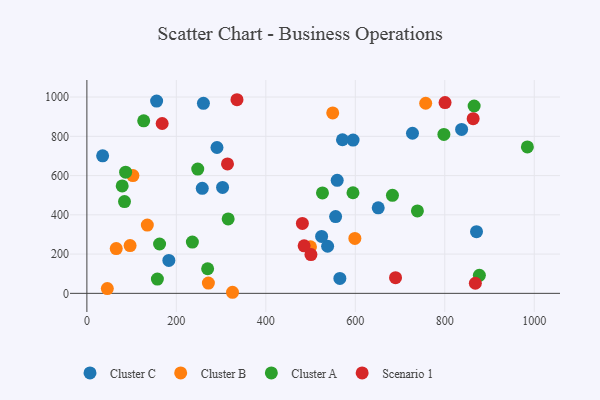
{"axis": {"x": "Study Hours", "y": "Rating"}, "legend": ["Cluster A", "Cluster B", "Cluster C", "Scenario 1"], "data": [{"x": "565.5", "y": 76.0, "type": "Cluster C"}, {"x": "727.8", "y": 815.7, "type": "Cluster C"}, {"x": "595.0", "y": 780.6, "type": "Cluster C"}, {"x": "870.9", "y": 314.2, "type": "Cluster C"}, {"x": "155.9", "y": 979.3, "type": "Cluster C"}, {"x": "260.5", "y": 968.2, "type": "Cluster C"}, {"x": "571.3", "y": 782.6, "type": "Cluster C"}, {"x": "303.3", "y": 539.6, "type": "Cluster C"}, {"x": "290.8", "y": 742.9, "type": "Cluster C"}, {"x": "651.2", "y": 435.6, "type": "Cluster C"}, {"x": "538.1", "y": 239.9, "type": "Cluster C"}, {"x": "837.6", "y": 835.1, "type": "Cluster C"}, {"x": "257.9", "y": 535.2, "type": "Cluster C"}, {"x": "556.0", "y": 391.1, "type": "Cluster C"}, {"x": "183.2", "y": 167.5, "type": "Cluster C"}, {"x": "524.7", "y": 290.1, "type": "Cluster C"}, {"x": "559.5", "y": 576.0, "type": "Cluster C"}, {"x": "35.2", "y": 700.7, "type": "Cluster C"}, {"x": "549.5", "y": 919.1, "type": "Cluster B"}, {"x": "96.6", "y": 243.4, "type": "Cluster B"}, {"x": "45.7", "y": 24.5, "type": "Cluster B"}, {"x": "102.9", "y": 599.8, "type": "Cluster B"}, {"x": "757.3", "y": 968.5, "type": "Cluster B"}, {"x": "599.0", "y": 279.7, "type": "Cluster B"}, {"x": "499.8", "y": 237.4, "type": "Cluster B"}, {"x": "271.6", "y": 52.5, "type": "Cluster B"}, {"x": "325.5", "y": 5.5, "type": "Cluster B"}, {"x": "135.1", "y": 347.6, "type": "Cluster B"}, {"x": "65.6", "y": 228.2, "type": "Cluster B"}, {"x": "683.0", "y": 499.5, "type": "Cluster A"}, {"x": "247.8", "y": 633.1, "type": "Cluster A"}, {"x": "86.6", "y": 617.4, "type": "Cluster A"}, {"x": "315.8", "y": 379.2, "type": "Cluster A"}, {"x": "798.0", "y": 809.6, "type": "Cluster A"}, {"x": "235.8", "y": 261.0, "type": "Cluster A"}, {"x": "84.1", "y": 467.4, "type": "Cluster A"}, {"x": "526.6", "y": 511.5, "type": "Cluster A"}, {"x": "162.5", "y": 251.4, "type": "Cluster A"}, {"x": "594.8", "y": 512.4, "type": "Cluster A"}, {"x": "127.0", "y": 879.1, "type": "Cluster A"}, {"x": "269.9", "y": 125.4, "type": "Cluster A"}, {"x": "738.8", "y": 420.1, "type": "Cluster A"}, {"x": "157.6", "y": 72.5, "type": "Cluster A"}, {"x": "877.3", "y": 91.8, "type": "Cluster A"}, {"x": "78.9", "y": 547.5, "type": "Cluster A"}, {"x": "984.6", "y": 746.2, "type": "Cluster A"}, {"x": "865.6", "y": 954.4, "type": "Cluster A"}, {"x": "314.3", "y": 659.6, "type": "Scenario 1"}, {"x": "335.5", "y": 986.4, "type": "Scenario 1"}, {"x": "863.4", "y": 889.8, "type": "Scenario 1"}, {"x": "481.7", "y": 356.0, "type": "Scenario 1"}, {"x": "500.8", "y": 197.4, "type": "Scenario 1"}, {"x": "689.9", "y": 80.0, "type": "Scenario 1"}, {"x": "485.6", "y": 242.3, "type": "Scenario 1"}, {"x": "868.3", "y": 51.6, "type": "Scenario 1"}, {"x": "800.6", "y": 971.7, "type": "Scenario 1"}, {"x": "168.3", "y": 865.2, "type": "Scenario 1"}]}